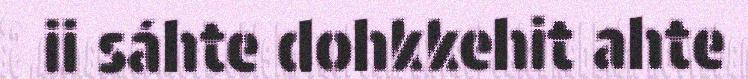
ii sáhte dohkkehit ahte